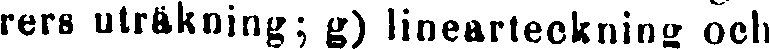
rers uträkning; g) linearteckning och